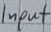
Text: Input